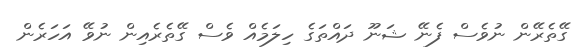
ގޭތެރޭން ނުވެސް ފެނޭ ޝަނޫ ދައްތަގެ ހިލަމެއް ވެސް ގޭތެރެއިން ނުވޭ އަހަރެން